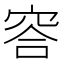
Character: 䆟